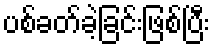
ပစ်ခတ်ခဲ့ခြင်းဖြစ်ပြီး